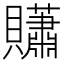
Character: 𧹀